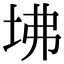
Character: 坲